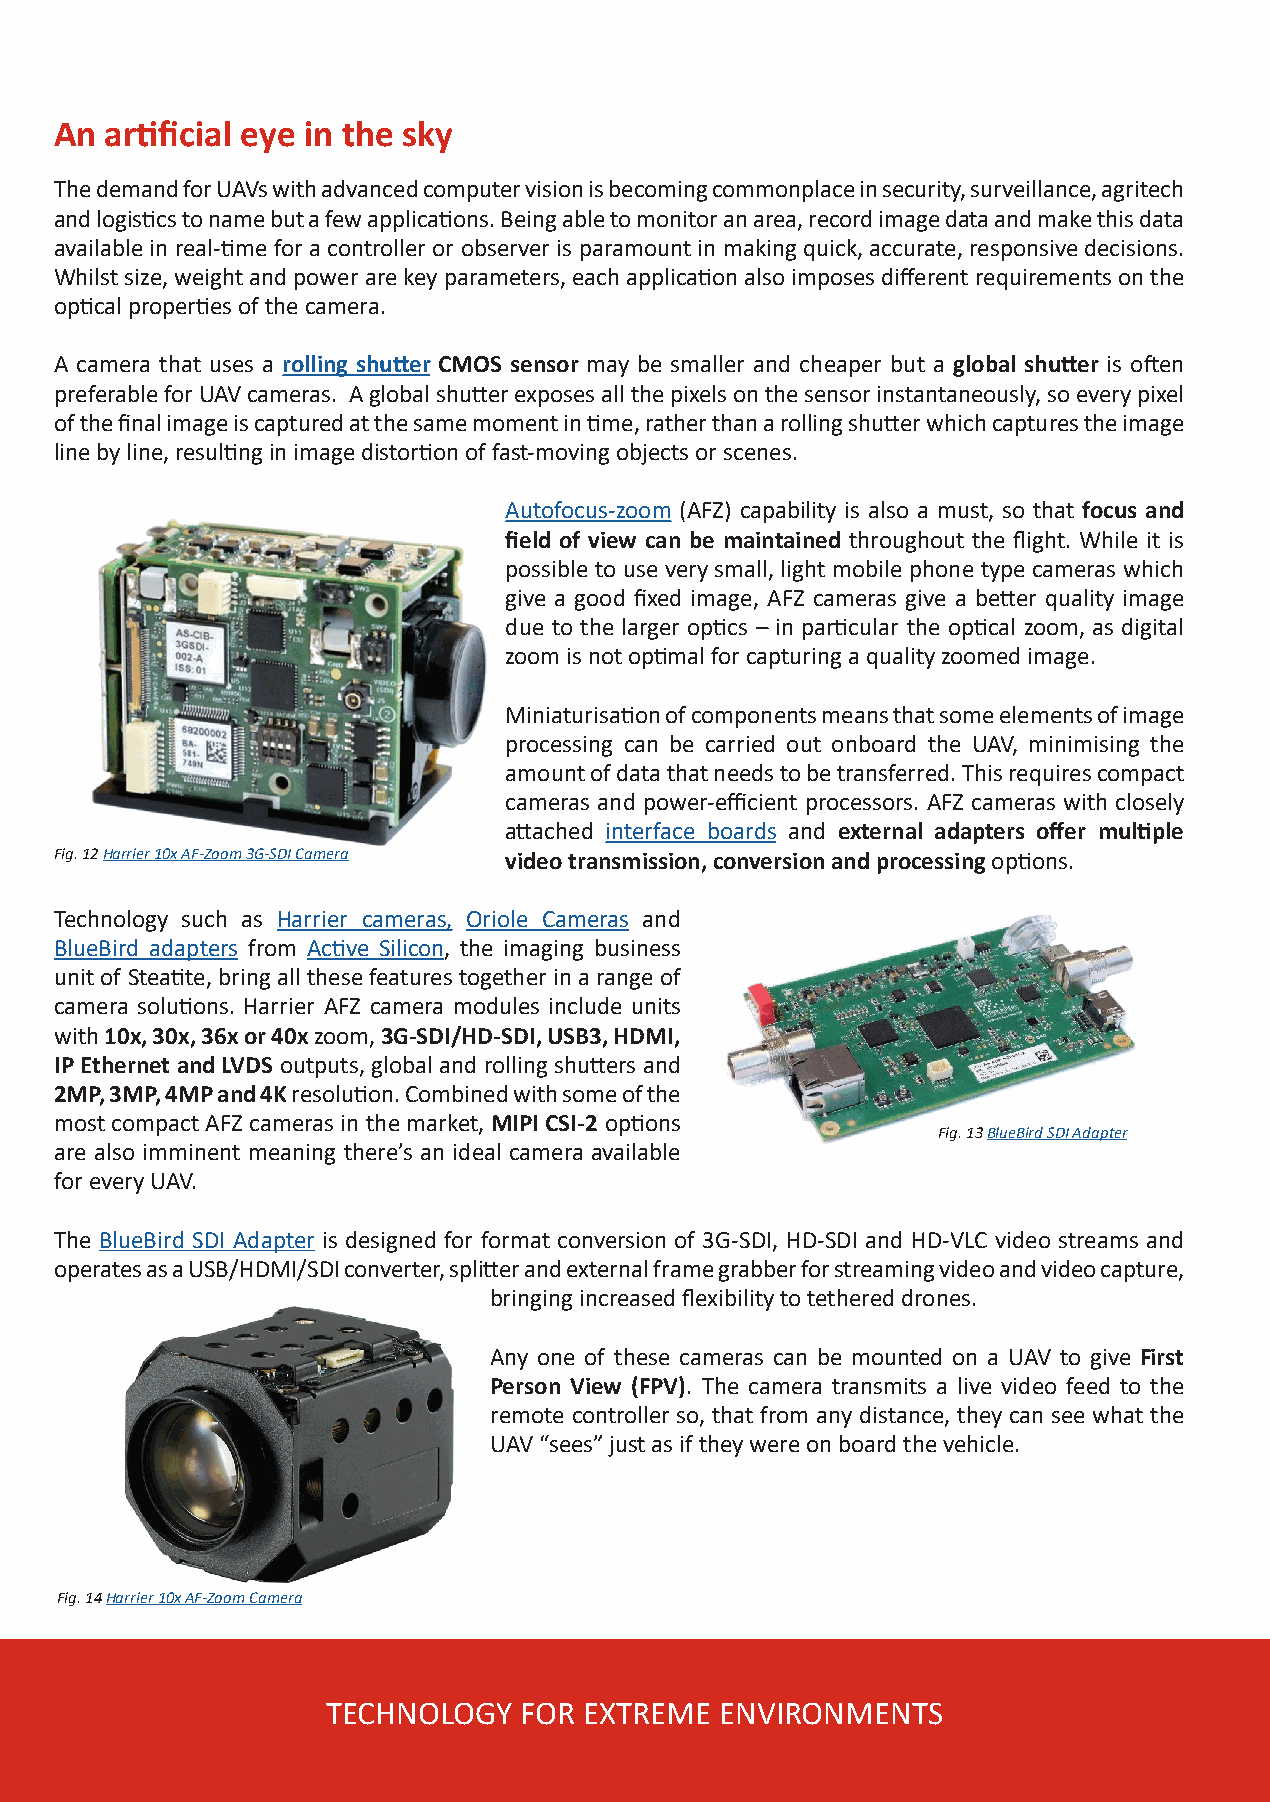
An artificial eye in the sky
 The demand for UAVs with advanced computer vision is becoming commonplace in security, surveillance, agritech
 and logistics to name but a few applications. Being able to monitor an area, record image data and make this data
 available in real-time for a controller or observer is paramount in making quick, accurate, responsive decisions.
 Whilst size, weight and power are key parameters, each application also imposes different requirements on the
 optical properties of the camera.
 A camera that uses a rolling shutter CMOS sensor may be smaller and cheaper but a global shutter is often
 preferable for UAV cameras. A global shutter exposes all the pixels on the sensor instantaneously, so every pixel
 of the final image is captured at the same moment in time, rather than a rolling shutter which captures the image
 line by line, resulting in image distortion of fast-moving objects or scenes.
 Autofocus-zoom (AFZ) capability is also a must, so that focus and
 field of view can be maintained throughout the flight. While it is
 possible to use very small, light mobile phone type cameras which
 give a good fixed image, AFZ cameras give a better quality image
 due to the larger optics – in particular the optical zoom, as digital
 zoom is not optimal for capturing a quality zoomed image.
 Miniaturisation of components means that some elements of image
 processing can be carried out onboard the UAV, minimising the
 amount of data that needs to be transferred. This requires compact
 cameras and power-efficient processors. AFZ cameras with closely
 attached interface boards and external adapters offer multiple
 Fig. 12 Harrier 10x AF-Zoom 3G-SDI Camera video transmission, conversion and processing options.
 Technology such as Harrier cameras, Oriole Cameras and
 BlueBird adapters from Active Silicon, the imaging business
 unit of Steatite, bring all these features together in a range of
 camera solutions. Harrier AFZ camera modules include units
 with 10x, 30x, 36x or 40x zoom, 3G-SDI/HD-SDI, USB3, HDMI,
 IP Ethernet and LVDS outputs, global and rolling shutters and
 2MP, 3MP, 4MP and 4K resolution. Combined with some of the
 most compact AFZ cameras in the market, MIPI CSI-2 options
 Fig. 13 BlueBird SDI Adapter
 are also imminent meaning there’s an ideal camera available
 for every UAV.
 The BlueBird SDI Adapter is designed for format conversion of 3G-SDI, HD-SDI and HD-VLC video streams and
 operates as a USB/HDMI/SDI converter, splitter and external frame grabber for streaming video and video capture,
 bringing increased flexibility to tethered drones.
 Any one of these cameras can be mounted on a UAV to give First
 Person View (FPV). The camera transmits a live video feed to the
 remote controller so, that from any distance, they can see what the
 UAV “sees” just as if they were on board the vehicle.
 Fig. 14 Harrier 10x AF-Zoom Camera
 TECHNOLOGY  FOR  EXTREME  ENVIRONMENTS